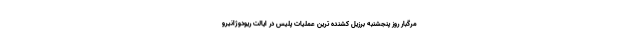
مرگبار روز پنجشنبه برزیل کشنده ترین عملیات پلیس در ایالت ریودوژانیرو